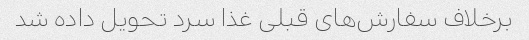
برخلاف سفارش‌های قبلی غذا سرد تحویل داده شد